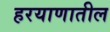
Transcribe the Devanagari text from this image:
हरयाणातील